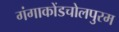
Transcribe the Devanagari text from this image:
गंगाकोंडचोलपुरम